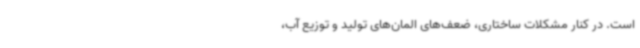
است. در کنار مشکلات ساختاری، ضعف‌های المان‌های تولید و توزیع آب،